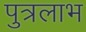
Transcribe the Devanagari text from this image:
पुत्रलाभ